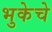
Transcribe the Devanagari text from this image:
भुकेचे